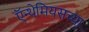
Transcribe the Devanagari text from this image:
ऍन्थेमियसच्या